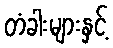
တံခါးများနှင့်